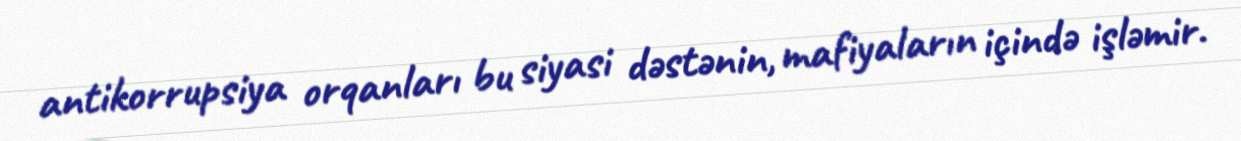
antikorrupsiya orqanları bu siyasi dəstənin, mafiyaların içində işləmir.